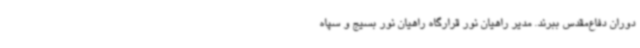
دوران دفاع‌مقدس ببرند. مدیر راهیان نور قرارگاه راهیان نور بسیج و سپاه